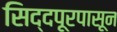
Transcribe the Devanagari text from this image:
सिद्दपूरपासून